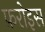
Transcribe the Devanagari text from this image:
फ़रोइस